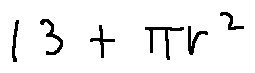
1 3 + \pi r ^ { 2 }